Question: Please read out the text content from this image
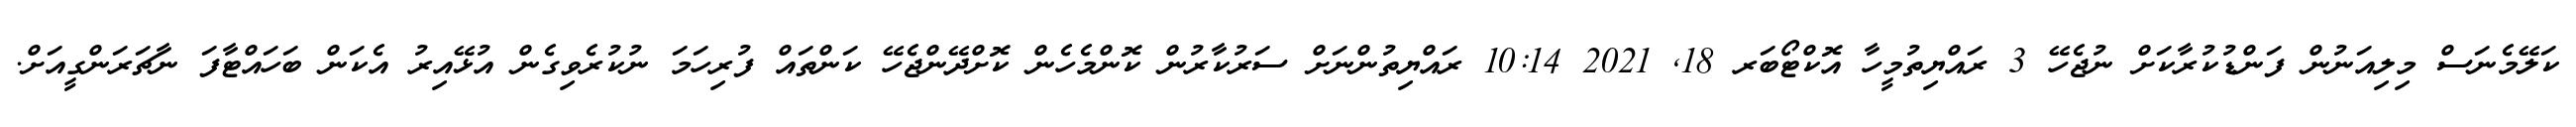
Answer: ކަލޭމެނަސް މިލިއަނުން ފަންޑުކުރާކަށް ނުޖެހޭ 3 ރައްޔިތުމީހާ އޮކްޓޯބަރ 18, 2021 10:14 ރައްޔިތުންނަށް ސަރުކާރުން ކޮންމެހެން ކޮށްދޭންޖެހޭ ކަންތައް ފުރިހަމަ ނުކުރެވިގެން އުޅޭއިރު އެކަން ބަހައްޓާފަ ނާޗަރަންގީއަށް.